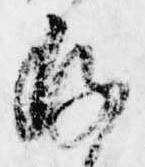
存